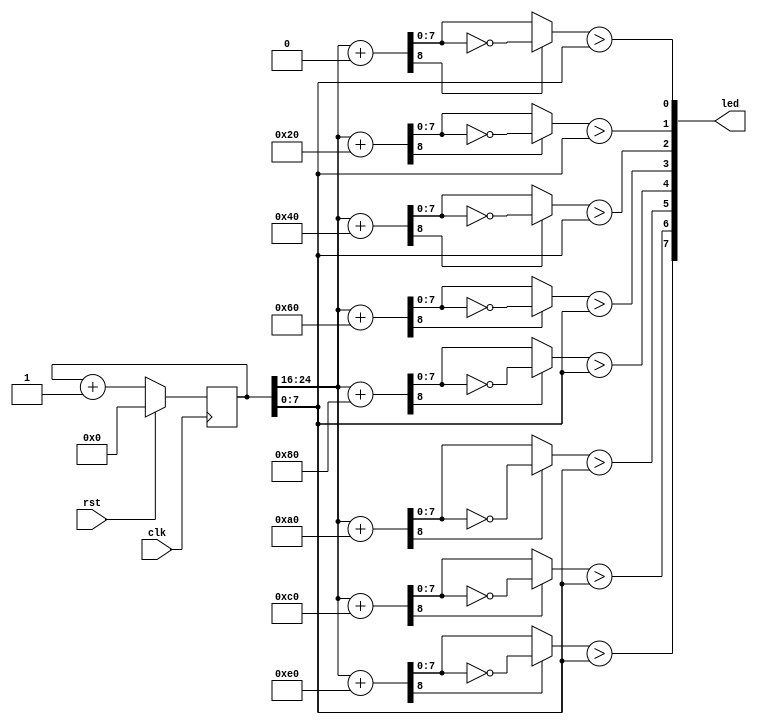
`timescale 1ns / 1ps
//////////////////////////////////////////////////////////////////////////////////
// Company: 
// Engineer: 
// 
// Design Name: 
// Module Name:    wave 
// Project Name: 
// Target Devices: 
// Tool versions: 
// Description: 
//
// Dependencies: 
//
// Revision: 
// Revision 0.01 - File Created
// Additional Comments: 
//
//////////////////////////////////////////////////////////////////////////////////
module wave #( parameter CTR_LEN = 25 ) (
	input wire clk,
	input wire rst,
	output reg [7:0] led
    );

reg [CTR_LEN-1 : 0] ctr_d, ctr_q = {CTR_LEN{1'b0}};
reg [3:0] i;
reg [7:0] acmp;
reg [8:0] result;

always @(ctr_q) begin
	ctr_d = ctr_q + 1'b1;
	
	for (i=0; i<8; i=i+1) begin
		result = ctr_q[CTR_LEN-1 : CTR_LEN-9] + i * 8'd32;
		
		if(result[8])
			acmp = ~result[7:0];
		else
			acmp = result[7:0];
			
		led[i] = acmp > ctr_q[7:0];
	end
end

always @(posedge clk) begin
	if(rst) begin
		ctr_q <= {CTR_LEN{1'b0}};
	end else begin
		ctr_q <= ctr_d;	
	end
end

endmodule